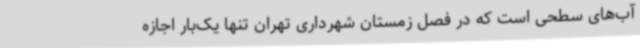
آب‌های سطحی است که در فصل زمستان شهرداری تهران تنها یک‌بار اجازه